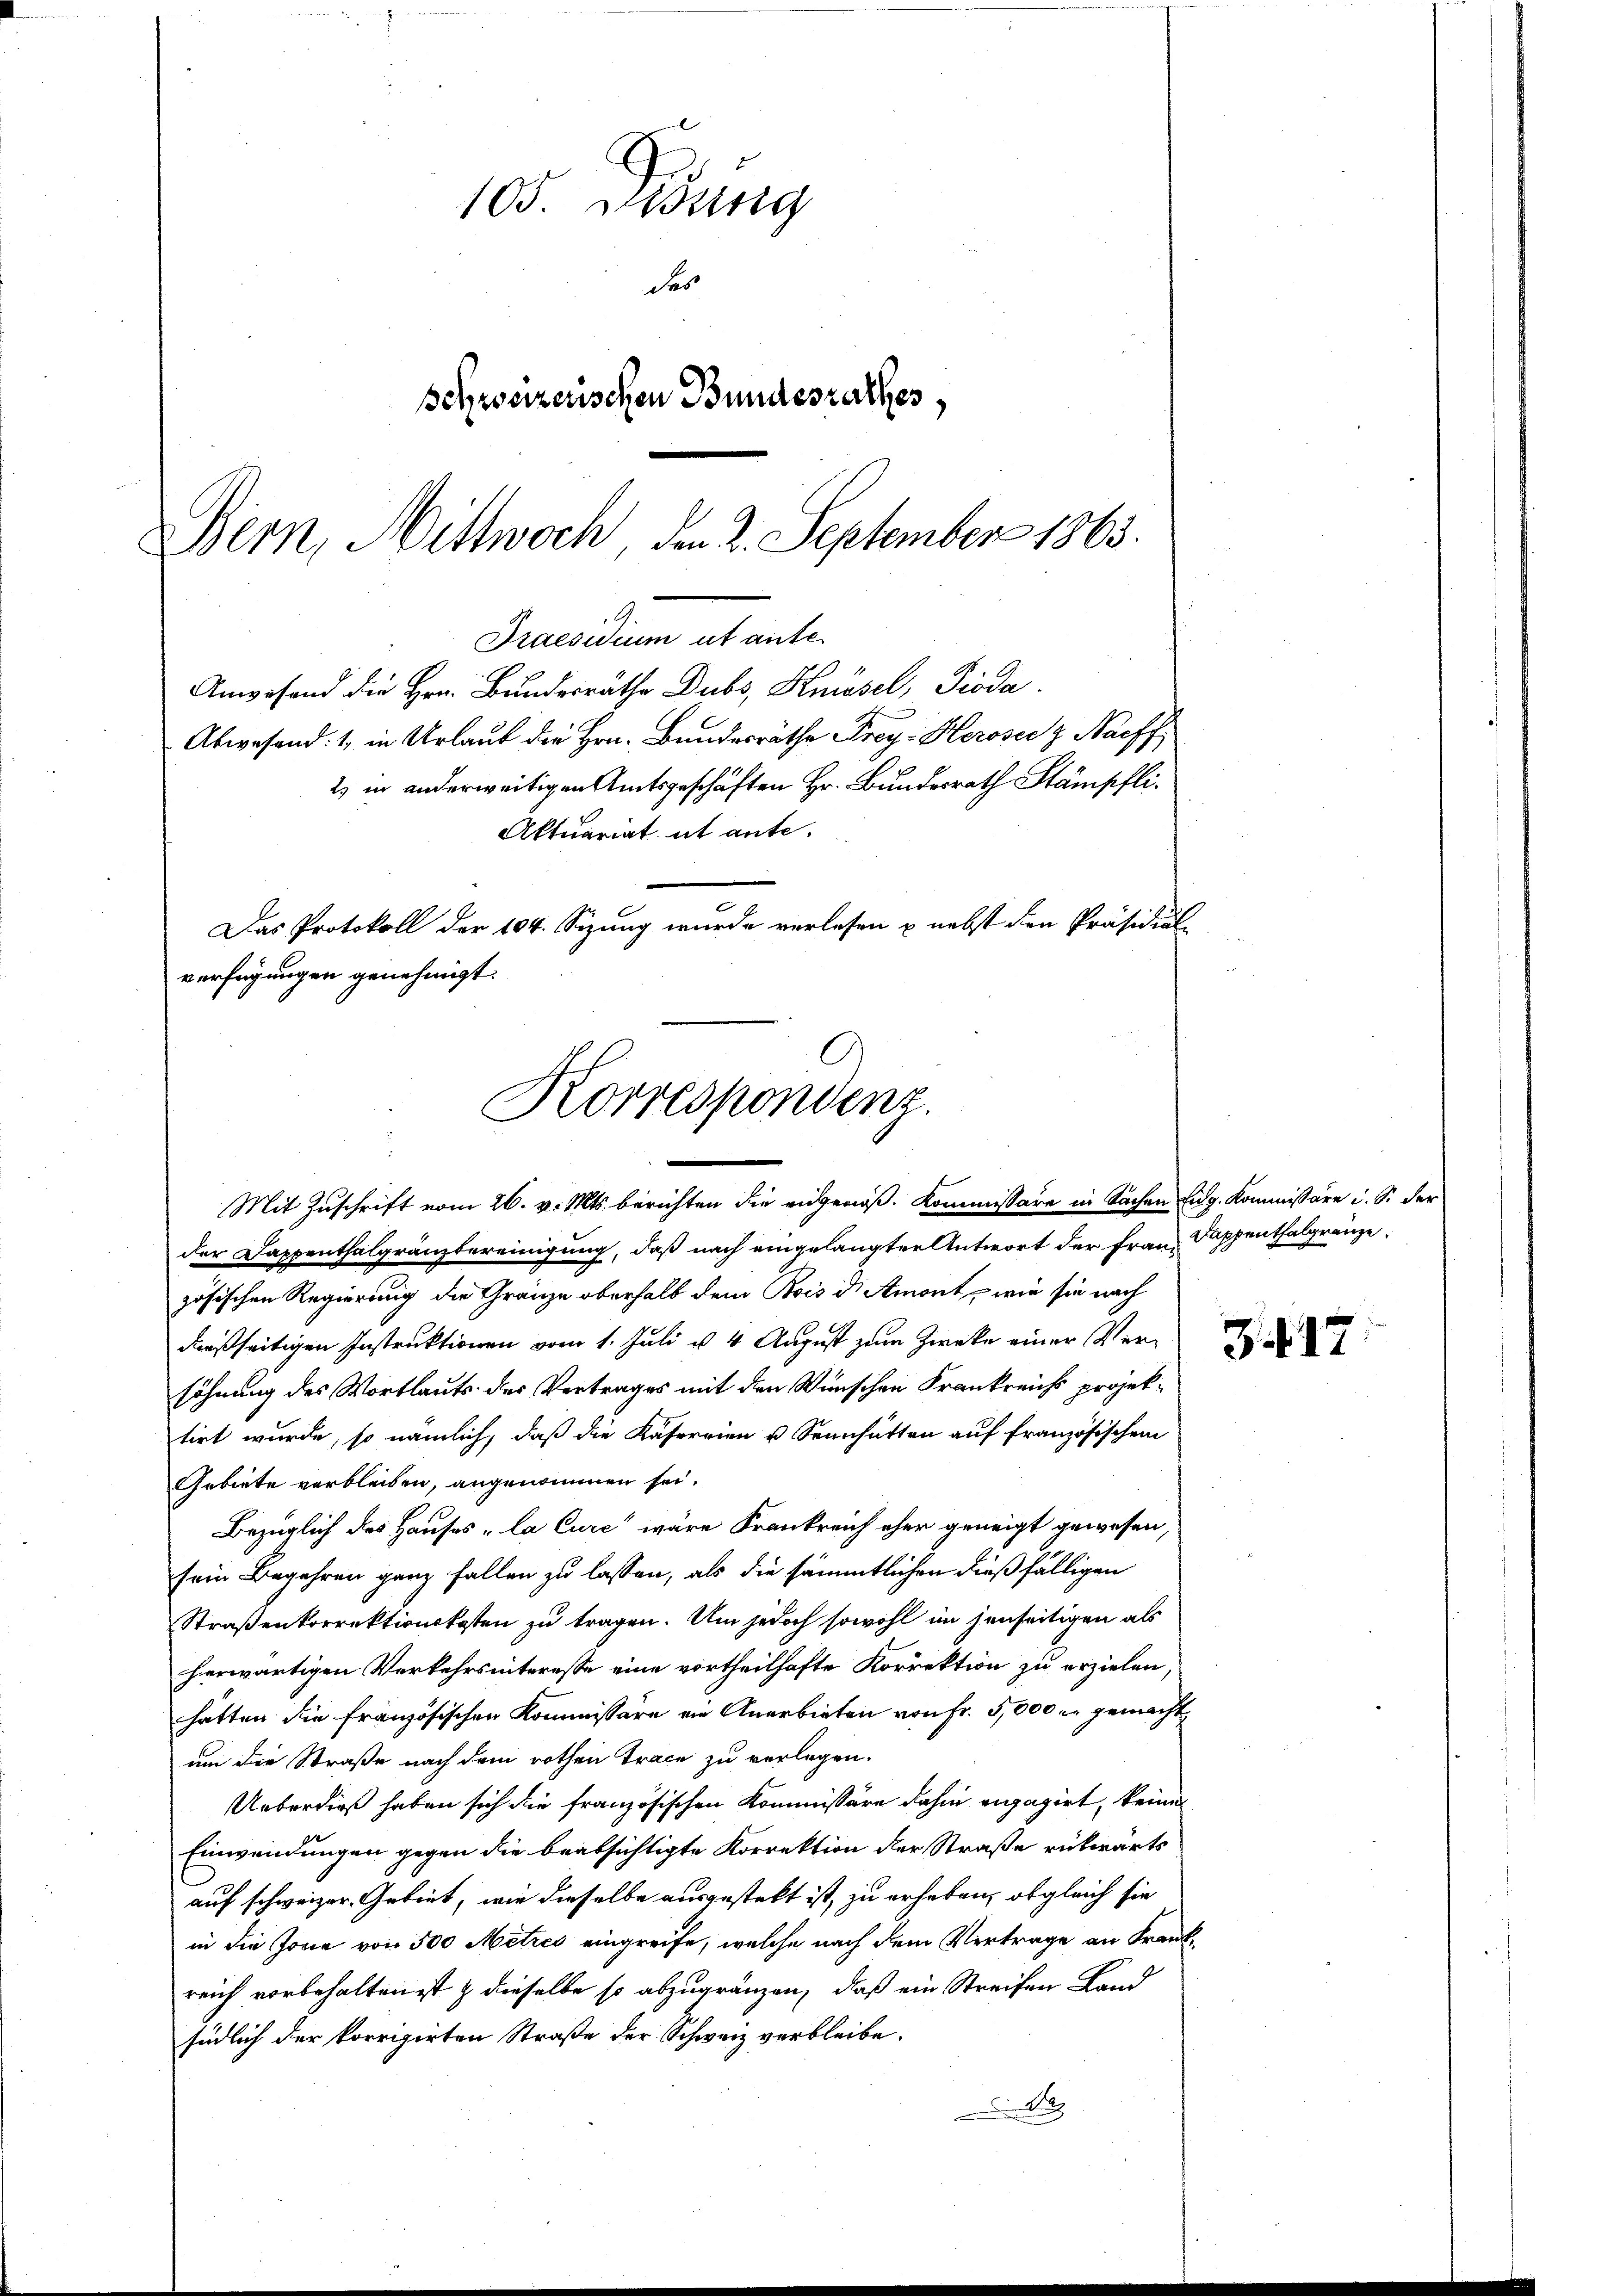
105. Diedung
des
Behzseizerischen Bundesrathes,
Bern, Wittwoch, den 2. September 1863.

Praesidium ut anfe
Anwesend die Hrn. Bundesräthe Dubs, Knüsel, Pioda
Abwesend: 1, in Urlaub die Hrn. Bundesräthe Frey- Heroser z. Nachf

2) in anderweitigen Amtsgeschäften Hr. Bundesrath Stämpfli
Aktuariat it ante.
Das Protokoll der 104. Sizung wurde verlesen & nebst den Präsidial-
verfügungen genehmigt.

Korrespondenz.
Mit Zuschrift vom 26. v. Mts. berichten die eidgenöß. Kommissäre in Sachen Eidg. Kommissäre u. S. der

der Dappenthalgränzbereinigung, daß nach eingelangter Antwort der Frau Sappenthalgränze
zösischen Regierung die Gränze oberhalb dem Bois d. Amont, wie sie nach
Fraßseitigen Instruktionen vom 1. Juli u. 4 August zum Zwecke einer Versöhnung des Wortlauts der Vertrages mit den Wünschen Frankreichs projektirt wurde, so nämlich, daß die Käferrien u Sennhütten auf französischen
Gebiete verbleiben, angenommen sei.
Bezüglich des Hauses, la Cure“ wäre Krankreich eher geneigt gewesen,
sein Begehren ganz fallen zu lassen, als die sämmtlichen dießfälligen
Straßenkorrektionskosten zu tragen. Um jedoch sowohl im jenseitigen als
heerwärtigen Verkehrsinteresse eine vortheilhafte Korrektion zu erzielen,
hätten die französischen Kommissäre ein Anerbieten von Fr. 5000 u. gemacht
um die Straße nach dem rothen Trace zu verlegen.
Ueberdieß haben sich die französischen Kommissäre dahin engagirt, keines
Einwendungen gegen die beabsichtigte Korrektion der Straße rückwärts
auf schweizer Gebiet, wie dieselbe ausgestelt ist, zu erheben, obgleich sie
in die Jone von 500 Metzes eingreife, welche nach dem Vertrage an Frank
reich vorbehalten ist & dieselbe so abzugränzen, daß ein Streifen Land
südlich der korrigirten Straße der Schweiz verbleibe.
 We